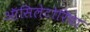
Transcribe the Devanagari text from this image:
ऑसिलेटोरिया